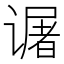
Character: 𬤜